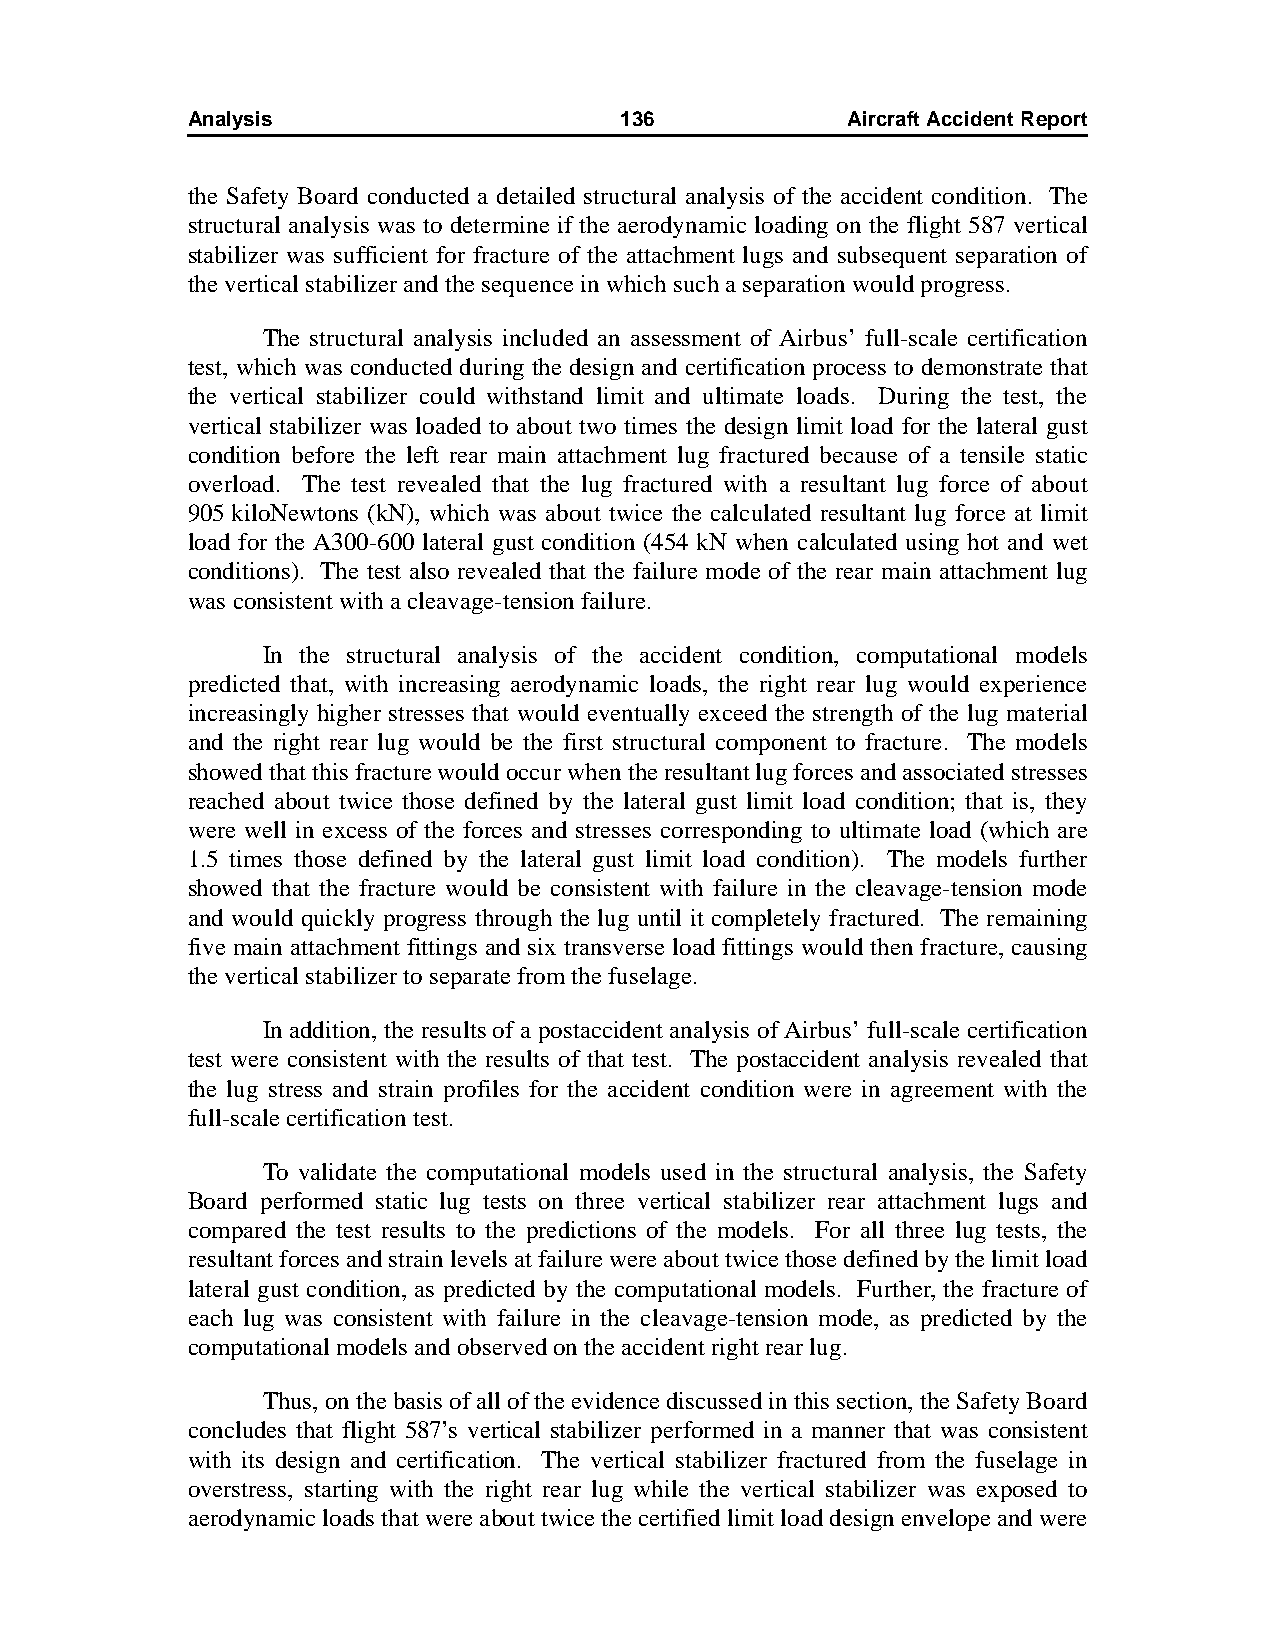
Analysis                     136            AircraftAccidentReport
 the Safety Board conducted a detailed structural analysis of the accident condition. The
 structural analysis was to determine if the aerodynamic loading on the flight 587 vertical
 stabilizer was sufficient for fracture of the attachment lugs and subsequent separation of
 the vertical stabilizer and the sequence in which such a separation would progress.
 The structural analysis included an assessment of Airbus’ full-scale certification
 test, which was conducted during the design and certification process to demonstrate that
 the vertical stabilizer could withstand limit and ultimate loads. During the test, the
 vertical stabilizer was loaded to about two times the design limit load for the lateral gust
 condition before the left rear main attachment lug fractured because of a tensile static
 overload. The test revealed that the lug fractured with a resultant lug force of about
 905kiloNewtons (kN), which was about twice the calculated resultant lug force at limit
 load for the A300-600 lateral gust condition (454 kN when calculated using hot and wet
 conditions). The test also revealed that the failure mode of the rear main attachment lug
 was consistent with a cleavage-tension failure.
 In the structural analysis of the accident condition, computational models
 predicted that, with increasing aerodynamic loads, the right rear lug would experience
 increasingly higher stresses that would eventually exceed the strength of the lug material
 and the right rear lug would be the first structural component to fracture. The models
 showed that this fracture would occur when the resultant lug forces and associated stresses
 reached about twice those defined by the lateral gust limit load condition; that is, they
 were well in excess of the forces and stresses corresponding to ultimate load (which are
 1.5 times those defined by the lateral gust limit load condition). The models further
 showed that the fracture would be consistent with failure in the cleavage-tension mode
 and would quickly progress through the lug until it completely fractured. The remaining
 five main attachment fittings and six transverse load fittings would then fracture, causing
 the vertical stabilizer to separate from the fuselage.
 In addition, the results of a postaccident analysis of Airbus’ full-scale certification
 test were consistent with the results of that test. The postaccident analysis revealed that
 the lug stress and strain profiles for the accident condition were in agreement with the
 full-scale certification test.
 To validate the computational models used in the structural analysis, the Safety
 Board performed static lug tests on three vertical stabilizer rear attachment lugs and
 compared the test results to the predictions of the models. For all three lug tests, the
 resultant forces and strain levels at failure were about twice those defined by the limit load
 lateral gust condition, as predicted by the computational models. Further, the fracture of
 each lug was consistent with failure in the cleavage-tension mode, as predicted by the
 computational models and observed on the accident right rear lug.
 Thus, on the basis of all of the evidence discussed in this section, the Safety Board
 concludes that flight 587’s vertical stabilizer performed in a manner that was consistent
 with its design and certification. The vertical stabilizer fractured from the fuselage in
 overstress, starting with the right rear lug while the vertical stabilizer was exposed to
 aerodynamic loads that were about twice the certified limit load design envelope and were